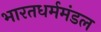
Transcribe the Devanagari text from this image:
भारतधर्ममंडल